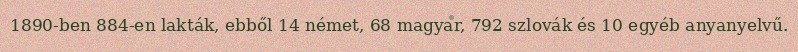
1890-ben 884-en lakták, ebből 14 német, 68 magyar, 792 szlovák és 10 egyéb anyanyelvű.